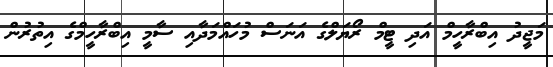
މަޖީދު އިބްރާހީމް އަދި ޓީމް ރޯޔަލްގެ އަނަސް މުހައްމަދާއި ސާމީ އިބްރާހީމްގެ އިތުރުން